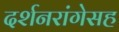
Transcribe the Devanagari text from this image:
दर्शनरांगेसह